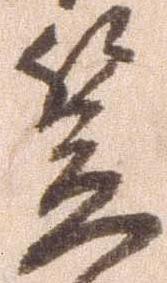
笠